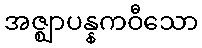
အဇ္ဈာပန္နကဝီသော